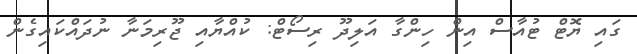
ގައި ޔޮޓް ޓުއާސް އިން ހިންގާ އަލިދޫ ރިސޯޓް: ކުއްޔާއި ޖޫރިމަނާ ނުދައްކައިގެން